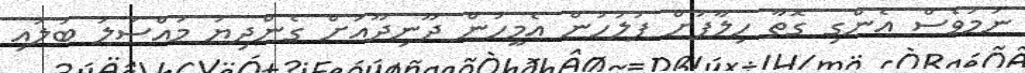
ނަމަވެސް އެންގި ގޮތާ ހިލާފަށް ފުލުހުން އެމީހުން ދޫނިދޫއަށް ގެންދިޔަ މައްސަލަ ބަލައި